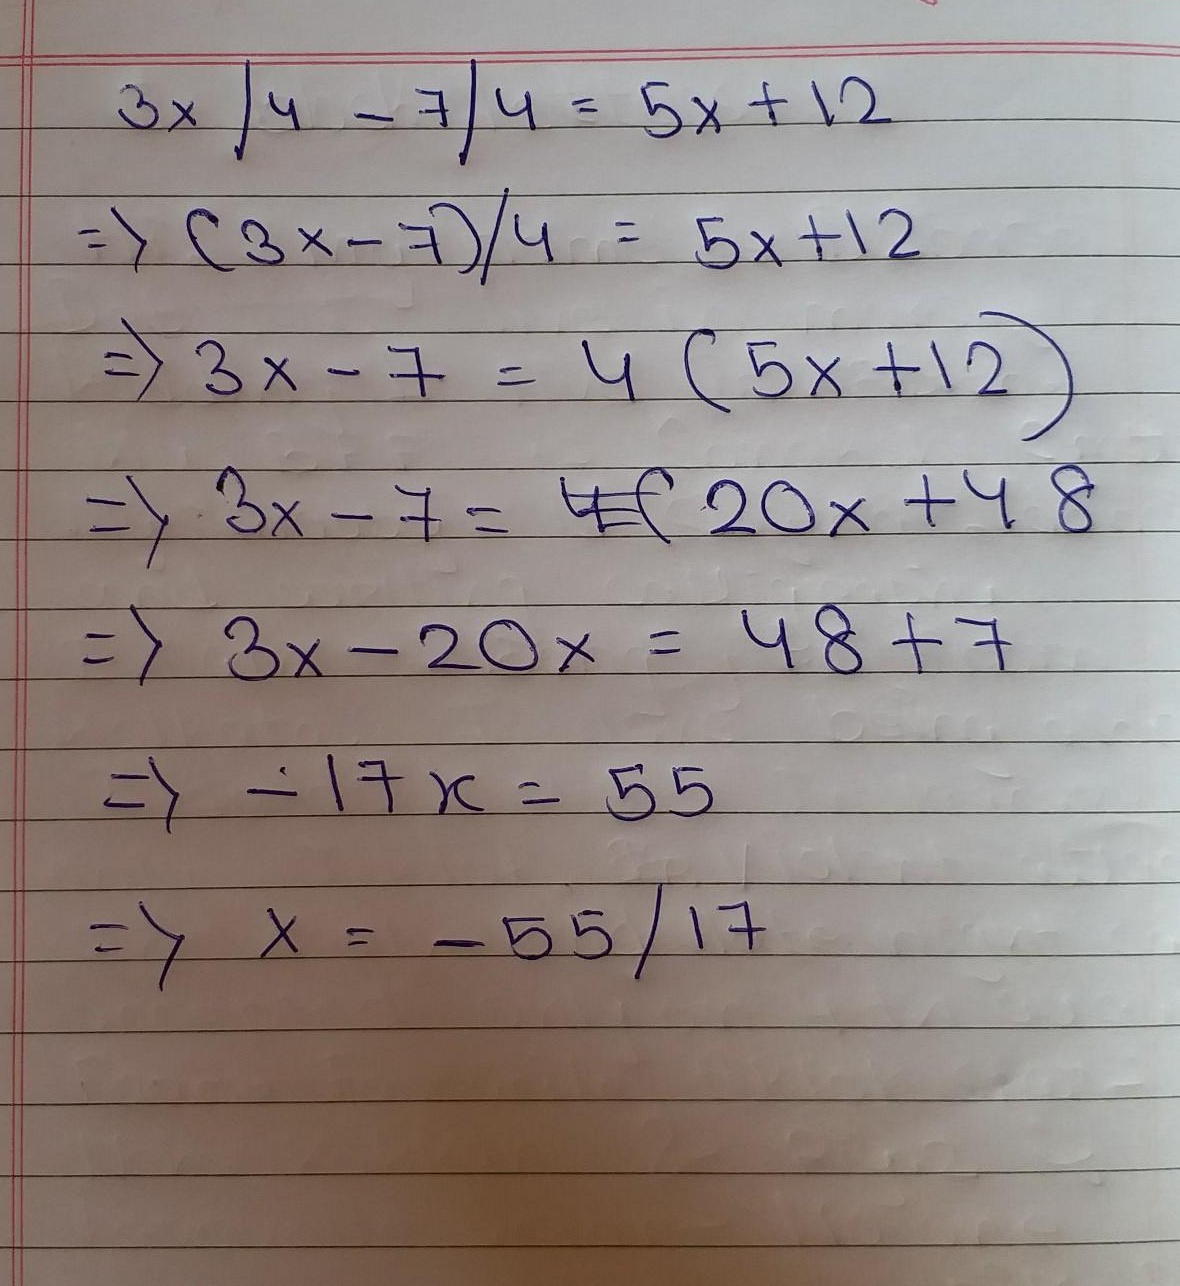
\[
\begin{align*}
\frac{3x - 7}{4}&=5x + 12\\
\Rightarrow(3x - 7)/4&=5x + 12\\
\Rightarrow3x - 7&=4(5x + 12)\\
\Rightarrow3x - 7&=20x + 48\\
\Rightarrow3x - 20x&=48 + 7\\
\Rightarrow-17x&=55\\
\Rightarrow x&=-\frac{55}{17}
\end{align*}
\]